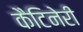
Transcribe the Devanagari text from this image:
कैटिनेरी